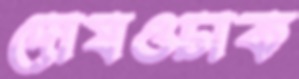
দোষওঢাক